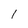
Character: 1